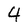
Character: 4